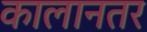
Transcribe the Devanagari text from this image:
कालानतर